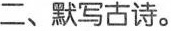
二、默写古诗。